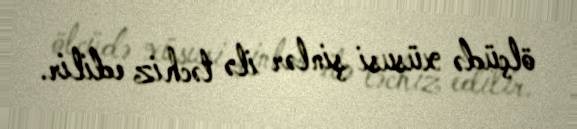
ölçüdə xüsusi şinlər ilə təchiz edilir.